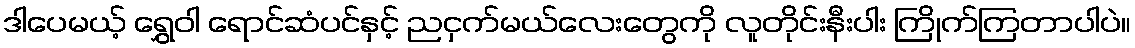
ဒါပေမယ့် ရွှေဝါ ရောင်ဆံပင်နှင့် ညငှက်မယ်လေးတွေကို လူတိုင်းနီးပါး ကြိုက်ကြတာပါပဲ။